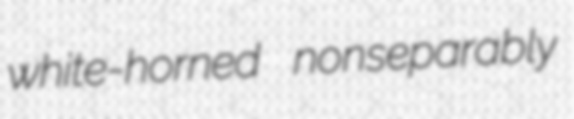
white-horned nonseparably